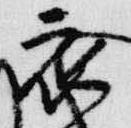
衣